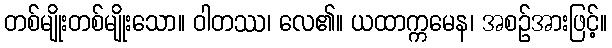
တစ်မျိုးတစ်မျိုးသော။ ဝါတဿ၊ လေ၏။ ယထာက္ကမေန၊ အစဉ်အားဖြင့်။